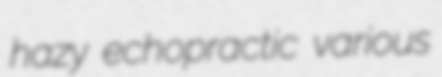
hazy echopractic various